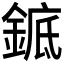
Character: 𬫩